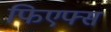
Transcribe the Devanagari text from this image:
फिएफ्स